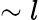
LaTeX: \sim l